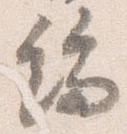
端